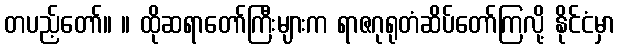
တပည့်တော်။ ။ ထိုဆရာတော်ကြီးများက ရာဇဂုရုတံဆိပ်တော်ကြလို့ နိုင်ငံမှာ